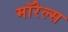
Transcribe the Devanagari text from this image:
मॉरेल्स